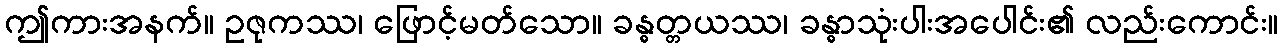
ဤကားအနက်။ ဥဇုကဿ၊ ဖြောင့်မတ်သော။ ခန္ဓတ္တယဿ၊ ခန္ဓာသုံးပါးအပေါင်း၏ လည်းကောင်း။